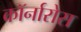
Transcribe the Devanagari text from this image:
कॉर्नारोस